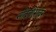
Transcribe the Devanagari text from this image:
नदितीरावर